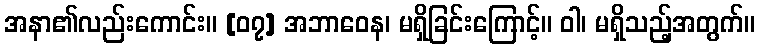
အနာ၏လည်းကောင်း။ [၀၇] အဘာဝေန၊ မရှိခြင်းကြောင့်။ ဝါ၊ မရှိသည့်အတွက်။